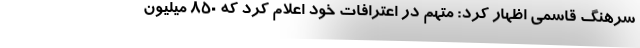
سرهنگ قاسمی اظهار کرد: متهم در اعترافات خود اعلام کرد که ۸۵۰ میلیون